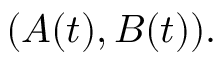
( A ( t ) , B ( t ) ) .